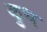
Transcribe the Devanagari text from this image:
कुध